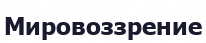
Мировоззрение